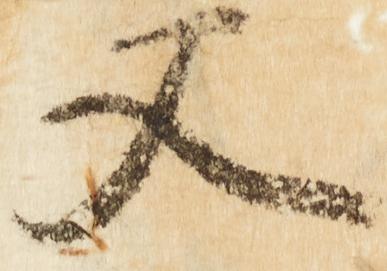
又